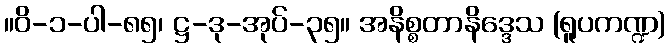
။ဝိ-၁-ပါ-၈၅၊ ဋ္ဌ-ဒု-အုပ်-၃၅။ အနိစ္စတာနိဒ္ဒေသ (ရူပကဏ္ဍ)